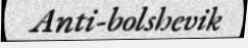
Anti-bolshevik